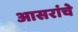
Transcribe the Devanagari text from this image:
आसरांचे